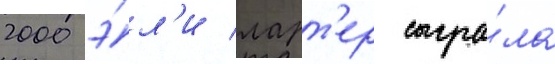
2000 э́л'и ларт'ер сыгра́ла